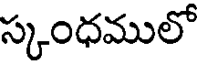
స్కంధములో